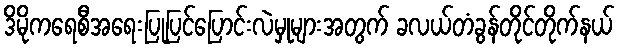
ဒိမိုကရေစီအရေးပြုပြင်ပြောင်းလဲမှုများအတွက် ခလယ်တံခွန်တိုင်တိုက်နယ်